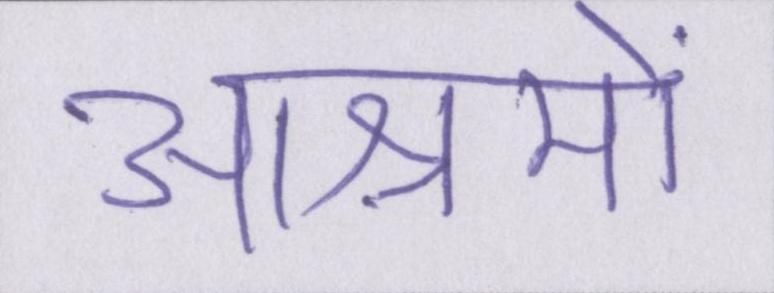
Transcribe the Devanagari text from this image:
आश्रमों